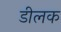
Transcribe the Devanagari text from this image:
डीलक